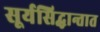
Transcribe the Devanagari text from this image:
सूर्यसिद्धान्तात